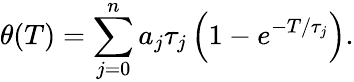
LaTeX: \theta(T)=\sum_{j=0}^{n}a_{j}\tau_{j}\left(1-e^{-T/\tau_{j}}\right).